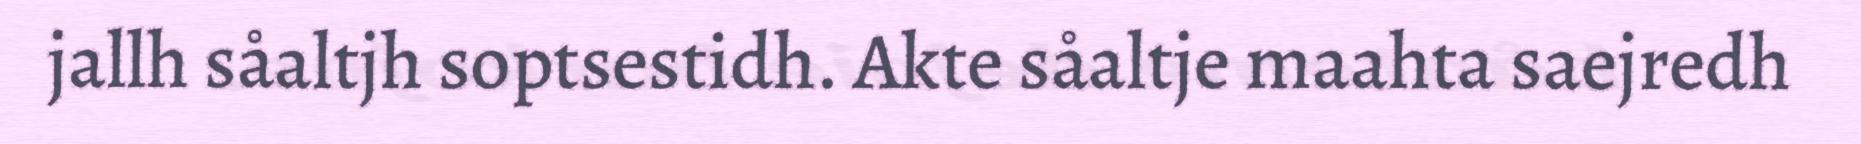
jallh såaltjh soptsestidh. Akte såaltje maahta saejredh